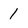
Character: 1